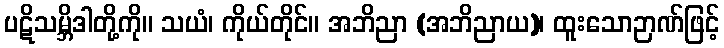
ပဋိသမ္ဘိဒါတို့ကို။ သယံ၊ ကိုယ်တိုင်။ အဘိညာ (အဘိညာယ)၊ ထူးသောဉာဏ်ဖြင့်